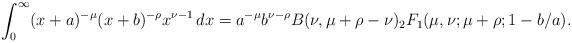
LaTeX: \begin{align*} \int_0^\infty (x+a)^{-\mu} (x+b)^{-\rho} x^{\nu-1}\, dx = a^{-\mu} b^{\nu-\rho} B(\nu,\mu+\rho-\nu) {_2}F_1(\mu,\nu;\mu+\rho;1-b/a).\end{align*}